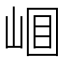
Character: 𡹎